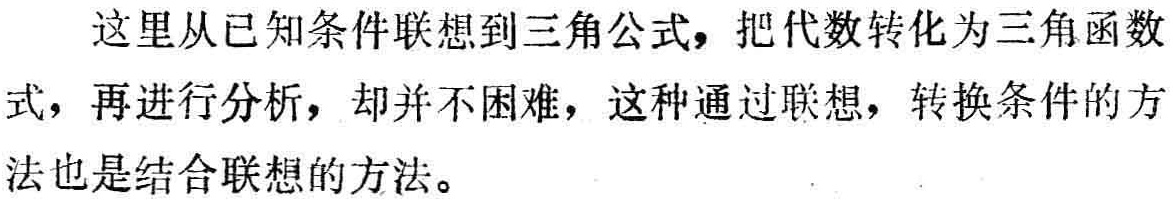
这里从已知条件联想到三角公式，把代数转化为三角函数式，再进行分析，却并不困难，这种通过联想，转换条件的方式，再进行分析，却并不困难，这种通过联想，转换条件的方法也是结合联想的方法。